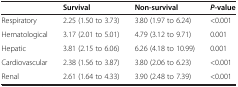
<table><thead><tr><td><b> </b></td><td><b>Survival</b></td><td><b>Non-survival</b></td><td><b><i>P</i>-value</b></td></tr></thead><tbody><tr><td>Respiratory</td><td>2.25 (1.50 to 3.73)</td><td>3.80 (1.97 to 6.24)</td><td>&lt;0.001</td></tr><tr><td>Hematological</td><td>3.17 (2.01 to 5.01)</td><td>4.79 (3.12 to 9.71)</td><td>0.001</td></tr><tr><td>Hepatic</td><td>3.81 (2.15 to 6.06)</td><td>6.26 (4.18 to 10.99)</td><td>0.001</td></tr><tr><td>Cardiovascular</td><td>2.38 (1.56 to 3.87)</td><td>3.80 (2.06 to 6.23)</td><td>&lt;0.001</td></tr><tr><td>Renal</td><td>2.61 (1.64 to 4.33)</td><td>3.90 (2.48 to 7.39)</td><td>&lt;0.001</td></tr></tbody></table>